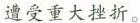
遭受重大挫折。